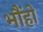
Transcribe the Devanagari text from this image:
भौंहो